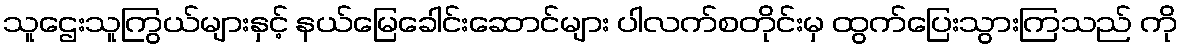
သူဌေးသူကြွယ်များနှင့် နယ်မြေခေါင်းဆောင်များ ပါလက်စတိုင်းမှ ထွက်ပြေးသွားကြသည် ကို